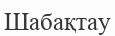
Шабақтау